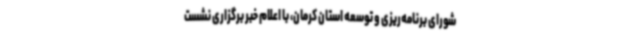
شورای برنامه‌ریزی و توسعه استان کرمان، با اعلام خبر برگزاری نشست